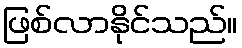
ဖြစ်လာနိုင်သည်။